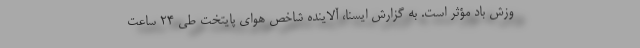
وزش باد مؤثر است. به گزارش ایسنا، آلاینده شاخص هوای پایتخت طی ۲۴ ساعت